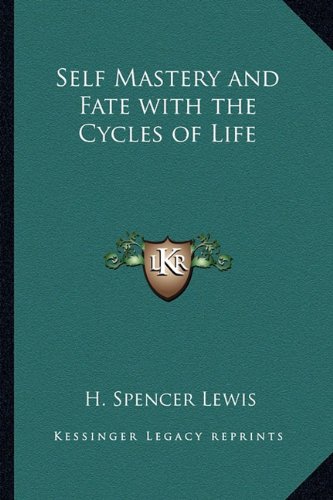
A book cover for Self Mastery and Fate with the Cycles of Life; H. Spencer Lewis; Religion & Spirituality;